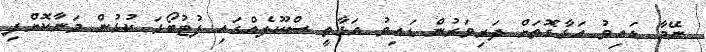
ނޭމާ ޑައިވު އަޅާގޮތަށް ދަރިވަރުން ޑައިވު އަޅާތީ ސްކޫލެއްގައި ފުޓުބޯޅަ ކުޅުން މަނާކޮށްފި